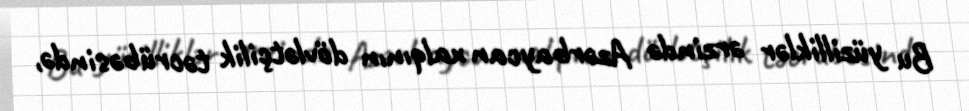
Bu yüzilliklər ərzində Azərbaycan xalqının dövlətçilik təcrübəsində,